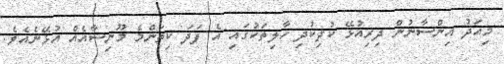
މިއަދު އިންސާނުން ދިރިއުޅޭ ކުދިކުދި ހާލިތަކުގައި އެ ފަދަ ކިތަންމެ މޫނިސާއެއް އުޅޭނެއެވެ.